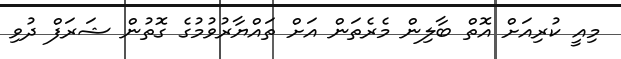
މިއީ ކުރިއަށް އޮތް ބާލިން މެރެތަން އަށް ތައްޔާރުވުމުގެ ގޮތުން ޝަރަފް ދުވި